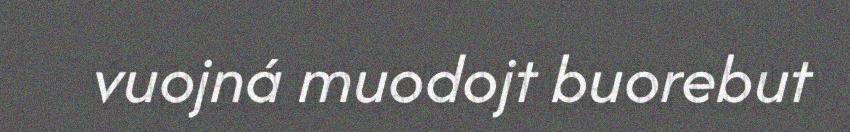
vuojná muodojt buorebut